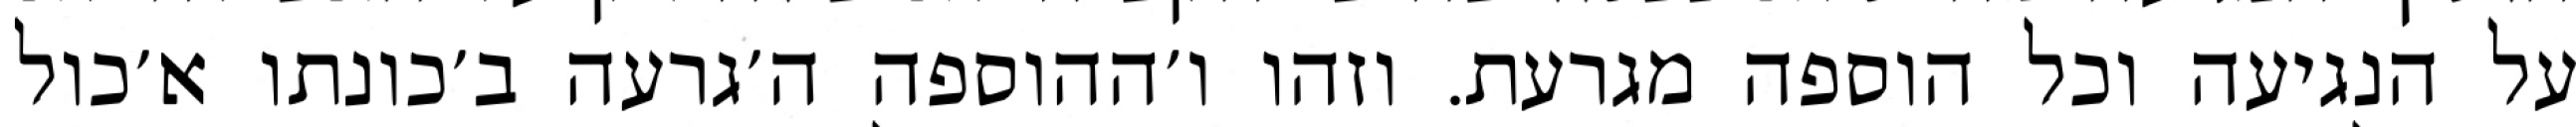
על הנגיעה וכל הוספה מגרעת. וזהו ו׳ההוספה ה׳גרעה ב׳כונתו א׳כול